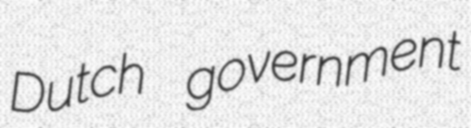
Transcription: Dutch government